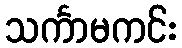
သင်္ကာမကင်း